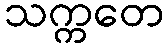
သက္ကတေ